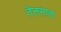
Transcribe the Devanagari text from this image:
तेलसाठा